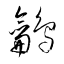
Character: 鸙